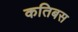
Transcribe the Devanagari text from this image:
कतिबस